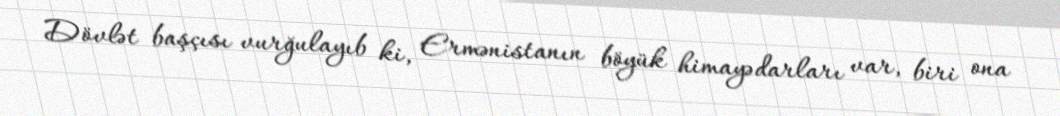
Dövlət başçısı vurğulayıb ki, Ermənistanın böyük himayədarları var, biri ona